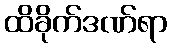
ထိခိုက်ဒဏ်ရာ